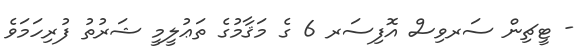
- ޓީޗިން ސަރވިސް އޮފިސަރ 6 ގެ މަޤާމުގެ ތަޢުލީމީ ޝަރުތު ފުރިހަމަވެ